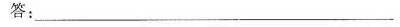
答：__